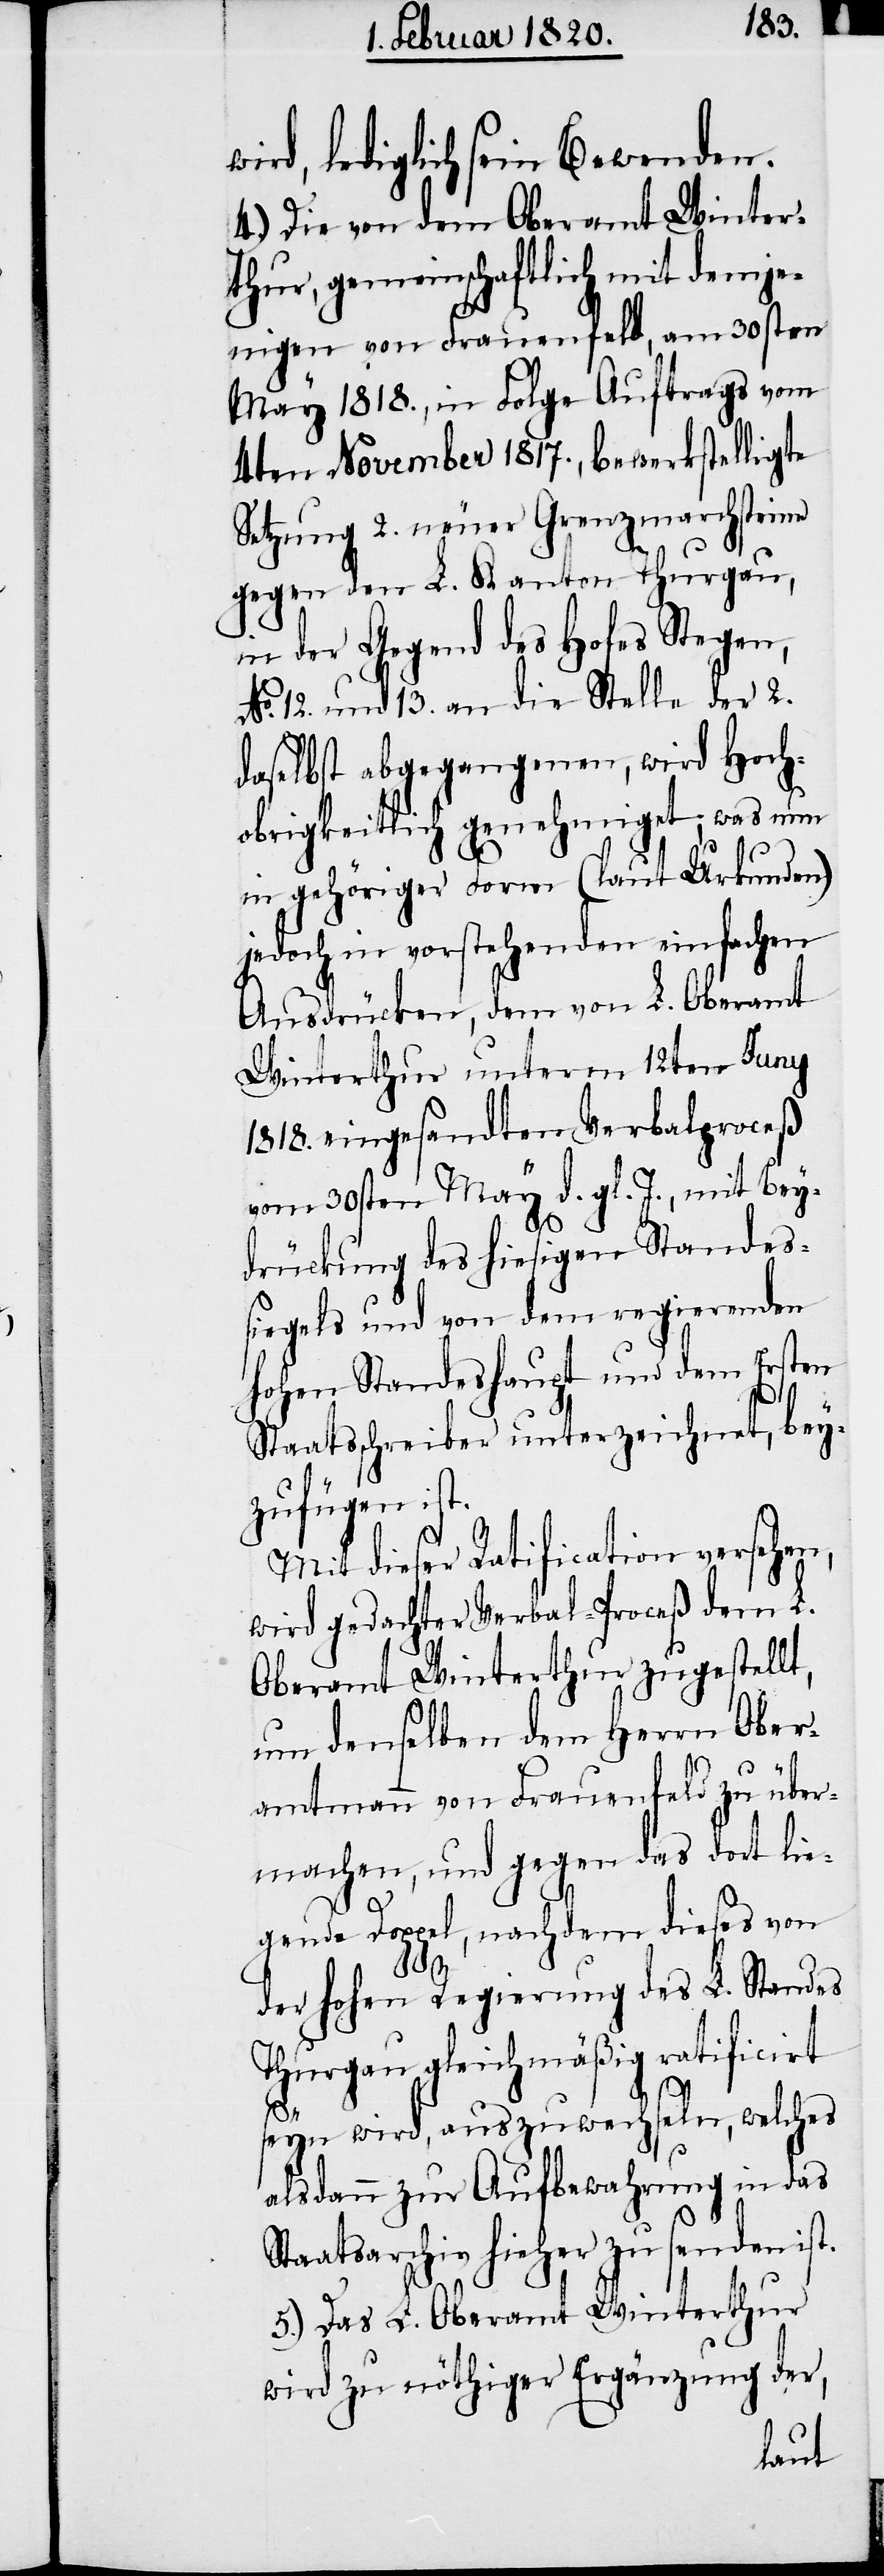
ird, lediglich sein Bewenden.
4.) Die von dem Oberamt Winter¬
thur, gemeinschaftlich mit demje¬
nigen von Frauenfeld, am 30sten
May 1818., in Folge Auftrags vom
4ten November 1817., bewerkstelligte
Setzung 2. neuer Grenzmarchsteine
gegen den L. Kanton Thurgau,
in der Gegend des Hofes Stegen,
No. 12. und 13. an die Stelle der 2.
daselbst abgegangenen, wird Hoch¬
obrigkeitlich genehmiget; was nun
in gehöriger Form (laut Urkunden)
jedoch in vorstehenden einfachen
Ausdrücken, dem von L. Oberamt
Winterthur unterm 12ten Juny
1818. eingesandten Verbalproceß
vom 30sten May d. gl. J., mit Bey¬
drückung des hiesigen Standes¬
siegels und von dem regierenden
hohen Standeshaupt und dem Ersten
Staatsschreiber unterzeichnet, bey¬
zufügen ist.
Mit dieser Ratification versehen,
wird gedachter Verbal-Proceß dem L.
Oberamt Winterthur zugestell¬
um denselben dem Herrn Ober¬
amtmann von Frauenfeld zu über¬
machen, und gegen das dort lie¬
gende Doppel, nachdem dieses von
der hohen Regierung des L. Standes
Thurgau gleichmäßig ratificirt
seyn wird, auszuwechseln, welches
alsdann zur Aufbewahrung in das
Staatsarchiv hieher zu senden ist.
5.) Das L. Oberamt Winterthur
wird zu nöthiger Ergänzung der,

t,